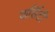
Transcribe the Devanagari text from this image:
वार्सिटी